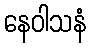
နေဝါသနံ